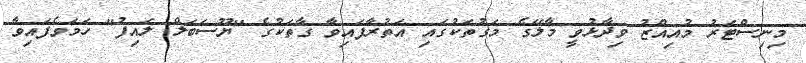
މިނިސްޓަރު މުއިއްޒު ވިދާޅުވީ މާލޭގެ މަގުތަކުގައި އަތުރާފައިވާ ގާތަކުގެ "ޔޫސަބަލް ލައިފު" ހަމަވެފައިވާ